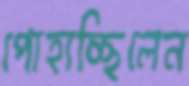
পোহাচ্ছিলেন